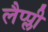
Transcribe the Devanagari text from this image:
लैप्प्ली